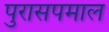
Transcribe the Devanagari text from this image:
पुरासपमाल